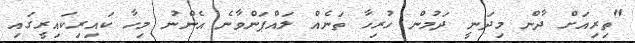
"ތިރިއަށް ދާން މިދަނީ ދަމުން ހުރިހާ ތަނެއް ލައްޕަންވާނެ އެންނު މިހާ ކައިރިކައިރީގައި